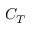
C _ { T }